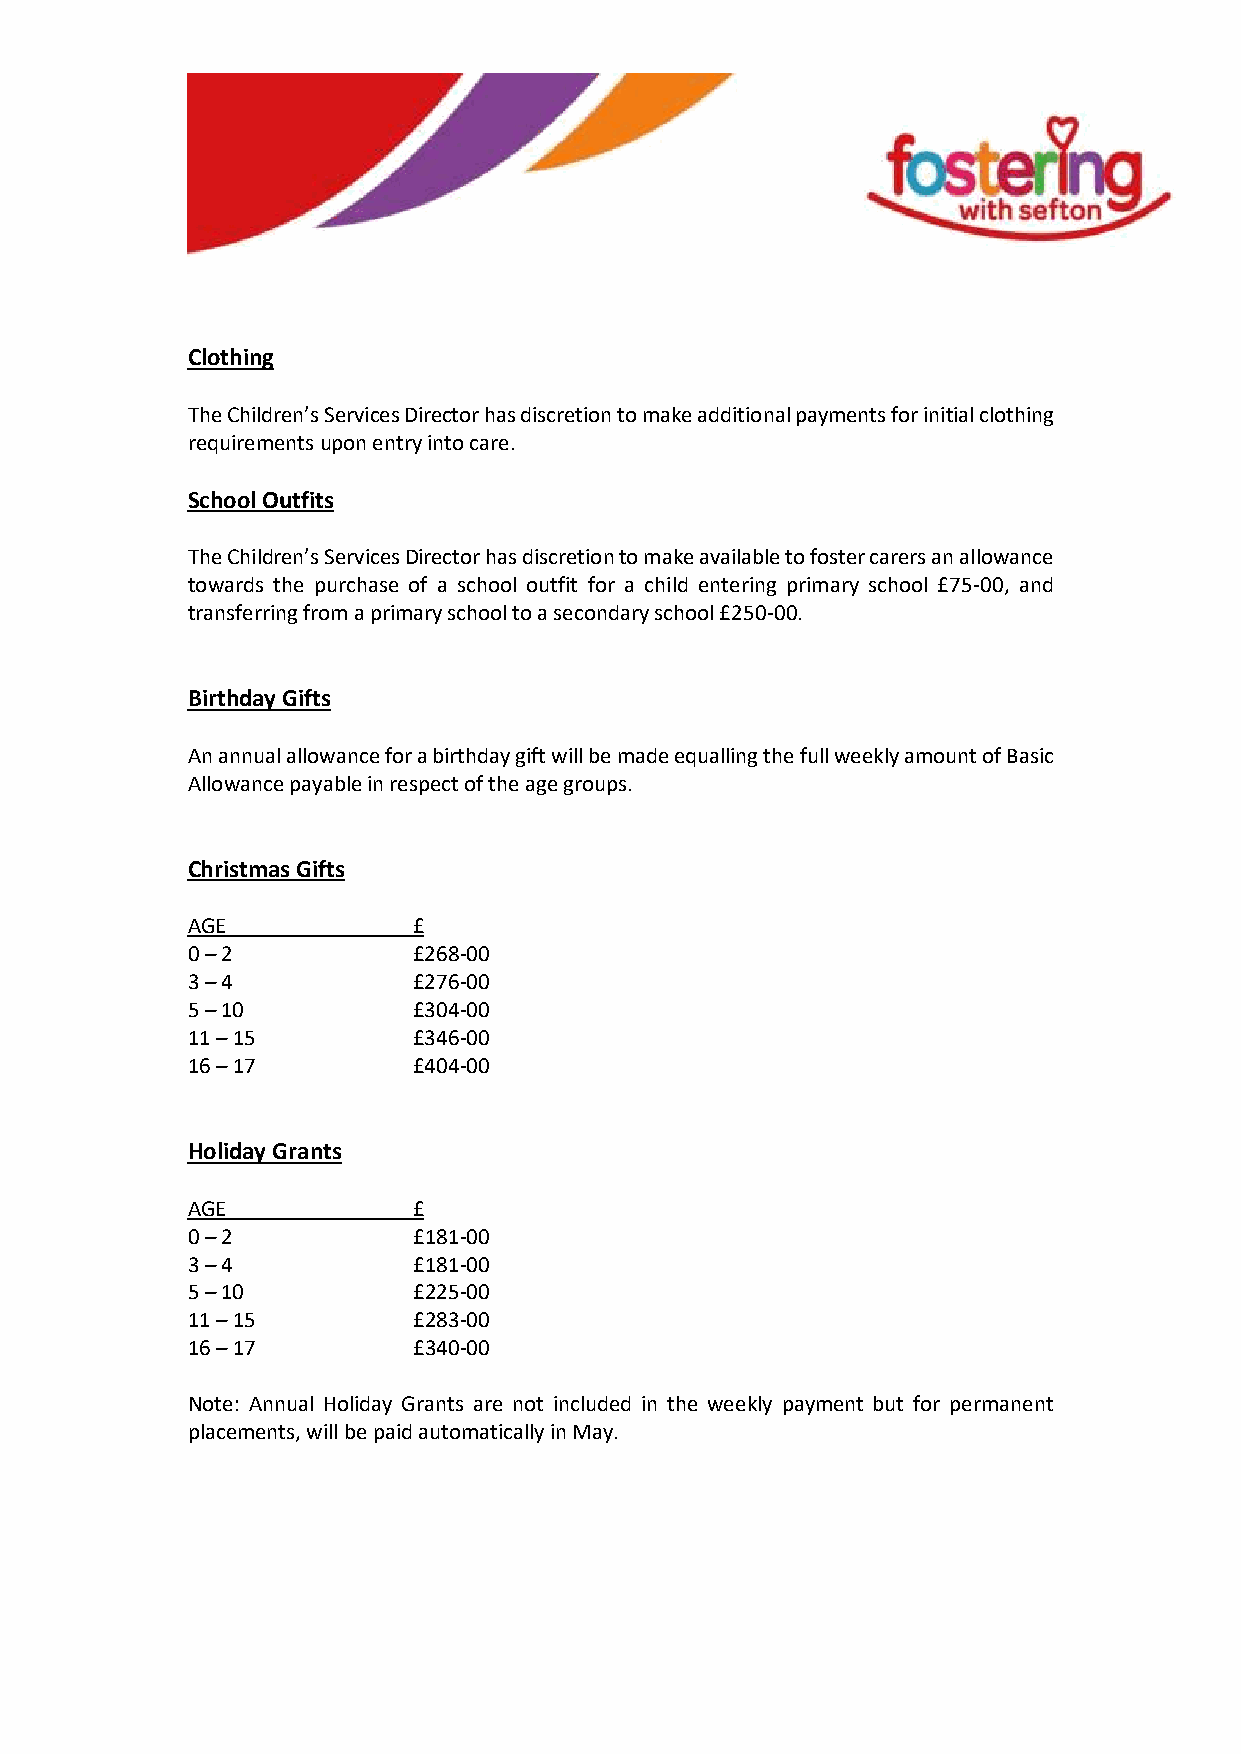
Clothing
 The Children’s Services Director has discretion to make additional payments for initial clothing
 requirements upon entry into care.
 School Outfits
 The Children’s Services Director has discretion to make available to foster carers an allowance
 towards the purchase of a school outfit for a child entering primary school £75-00, and
 transferring from a primary school to a secondary school £250-00.
 Birthday Gifts
 An annual allowance for a birthday gift will be made equalling the full weekly amount of Basic
 Allowance payable in respect of the age groups.
 Christmas Gifts
 AGE            £
 0 – 2          £268-00
 3 – 4          £276-00
 5 – 10         £304-00
 11 – 15        £346-00
 16 – 17        £404-00
 Holiday Grants
 AGE            £
 0 – 2          £181-00
 3 – 4          £181-00
 5 – 10         £225-00
 11 – 15        £283-00
 16 – 17        £340-00
 Note: Annual Holiday Grants are not included in the weekly payment but for permanent
 placements, will be paid automatically in May.